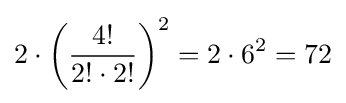
2\cdot \left({\frac {4!}{2!\cdot 2!}}\right)^{2}=2\cdot 6^{2}=72